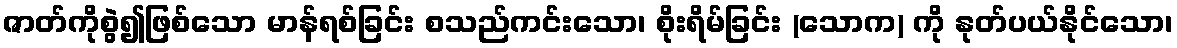
ဇာတ်ကိုစွဲ၍ဖြစ်သော မာန်ရစ်ခြင်း စသည်ကင်းသော၊ စိုးရိမ်ခြင်း (သောက) ကို နုတ်ပယ်နိုင်သော၊